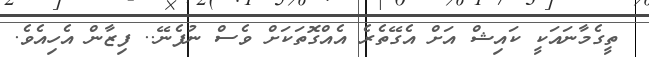
ތީގެމާނައަކީ ކައިޝް އަށް އެގޭތެރެ އެއްގޮތަކަށް ވެސް ނުފެނޭ.. ފިޒާން އެހިއެވެ.